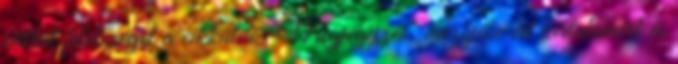
vállal felelőséget a cikküldő "Megjegyzés" mezőjébe írt tartalomért és